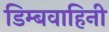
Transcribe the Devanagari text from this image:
डिम्बवाहिनी